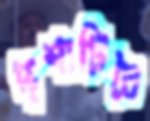
দৃশ্যটিতে